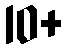
10+